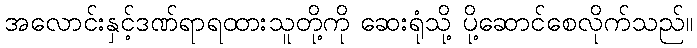
အလောင်းနှင့်ဒဏ်ရာရထားသူတို့ကို ဆေးရုံသို့ ပို့ဆောင်စေလိုက်သည်။